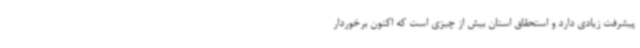
پیشرفت زیادی دارد و استحقاق استان بیش از چیزی است که اکنون برخوردار